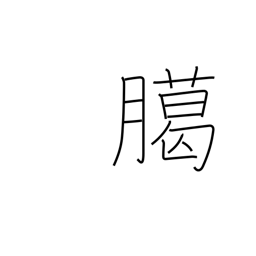
Meaning: year-end sacrifice